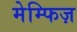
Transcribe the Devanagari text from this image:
मेम्फिज़